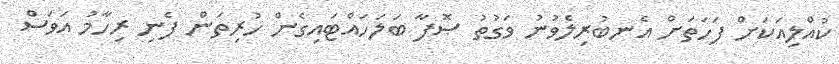
ކުއްލިއަކަށް ފަހަތަށް އެނބުރިލެވުނު ވަގުތު ޞޮފާ ބަލަހައްޓައިގެން ހުރިތަން ފެނި ރިހާމު އަވަސް